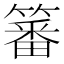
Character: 䉒